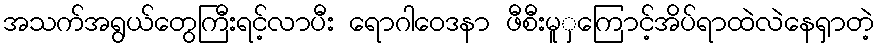
အသက်အရွယ်တွေကြီးရင့်လာပီး ရောဂါဝေဒနာ ဖီစီးမူှကြောင့်အိပ်ရာထဲလဲနေရှာတဲ့